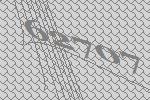
62707